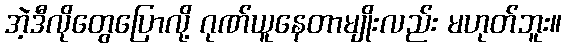
အဲ့ဒီလိုတွေပြောလို့ ဂုဏ်ယူနေတာမျိုးလည်း မဟုတ်ဘူး။